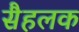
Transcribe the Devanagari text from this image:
सैहलक